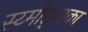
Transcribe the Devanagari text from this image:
स्य्मोंड्सका